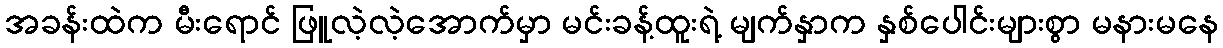
အခန်းထဲက မီးရောင် ဖြူလဲ့လဲ့အောက်မှာ မင်းခန့်ထူးရဲ့ မျက်နှာက နှစ်ပေါင်းများစွာ မနားမနေ